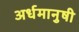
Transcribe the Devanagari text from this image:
अर्धमानुषी